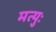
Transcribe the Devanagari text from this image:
मत्युः